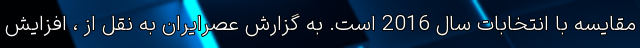
مقایسه با انتخابات سال 2016 است. به گزارش عصرایران به نقل از ، افزایش